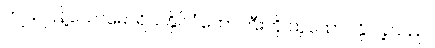
ကျယ်ပြန့်သောမောရိယနိုင်ငံတော်ကြီးကို ထူထောင်နိုင်ခဲ့သည်။